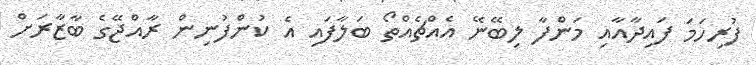
ފުރިހަމަ ފައިދާއާއި މަންފާ ލިބޭނޭ އެއްޗެއްތޯ ބަލާފައި އެ ކުންފުނިން ރާއްޖޭގެ ބާޒާރަށް